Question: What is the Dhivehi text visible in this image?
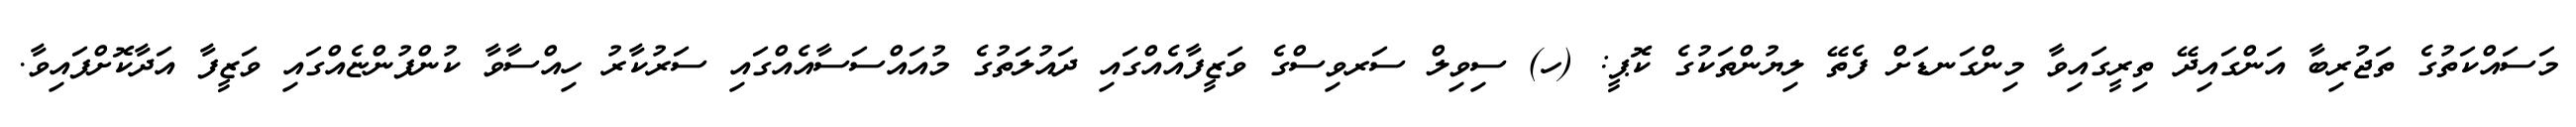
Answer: މަސައްކަތުގެ ތަޖުރިބާ އަންގައިދޭ ތިރީގައިވާ މިންގަނޑަށް ފެތޭ ލިޔުންތަކުގެ ކޮޕީ: (ހ) ސިވިލް ސަރވިސްގެ ވަޒީފާއެއްގައި ދައުލަތުގެ މުއައްސަސާއެއްގައި ސަރުކާރު ހިއްސާވާ ކުންފުންޏެއްގައި ވަޒީފާ އަދާކޮށްފައިވާ.